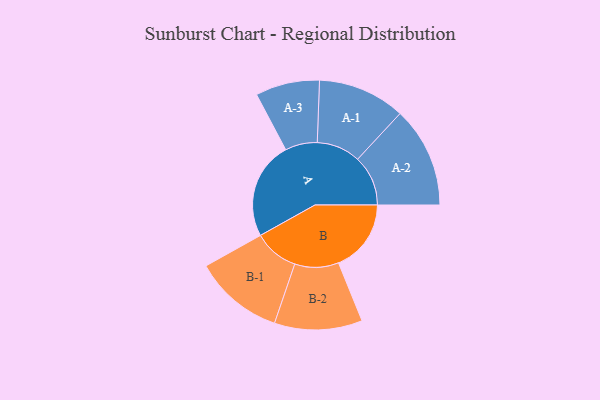
{"axis": {"x": "Segment", "y": "Value"}, "legend": ["", "A", "B"], "data": [{"x": "A", "y": 496, "type": ""}, {"x": "B", "y": 369, "type": ""}, {"x": "A-1", "y": 222, "type": "A"}, {"x": "A-2", "y": 256, "type": "A"}, {"x": "A-3", "y": 163, "type": "A"}, {"x": "B-1", "y": 228, "type": "B"}, {"x": "B-2", "y": 223, "type": "B"}]}